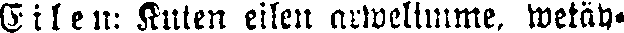
Eilen: Kuten eilen arwelimme, wetäy-